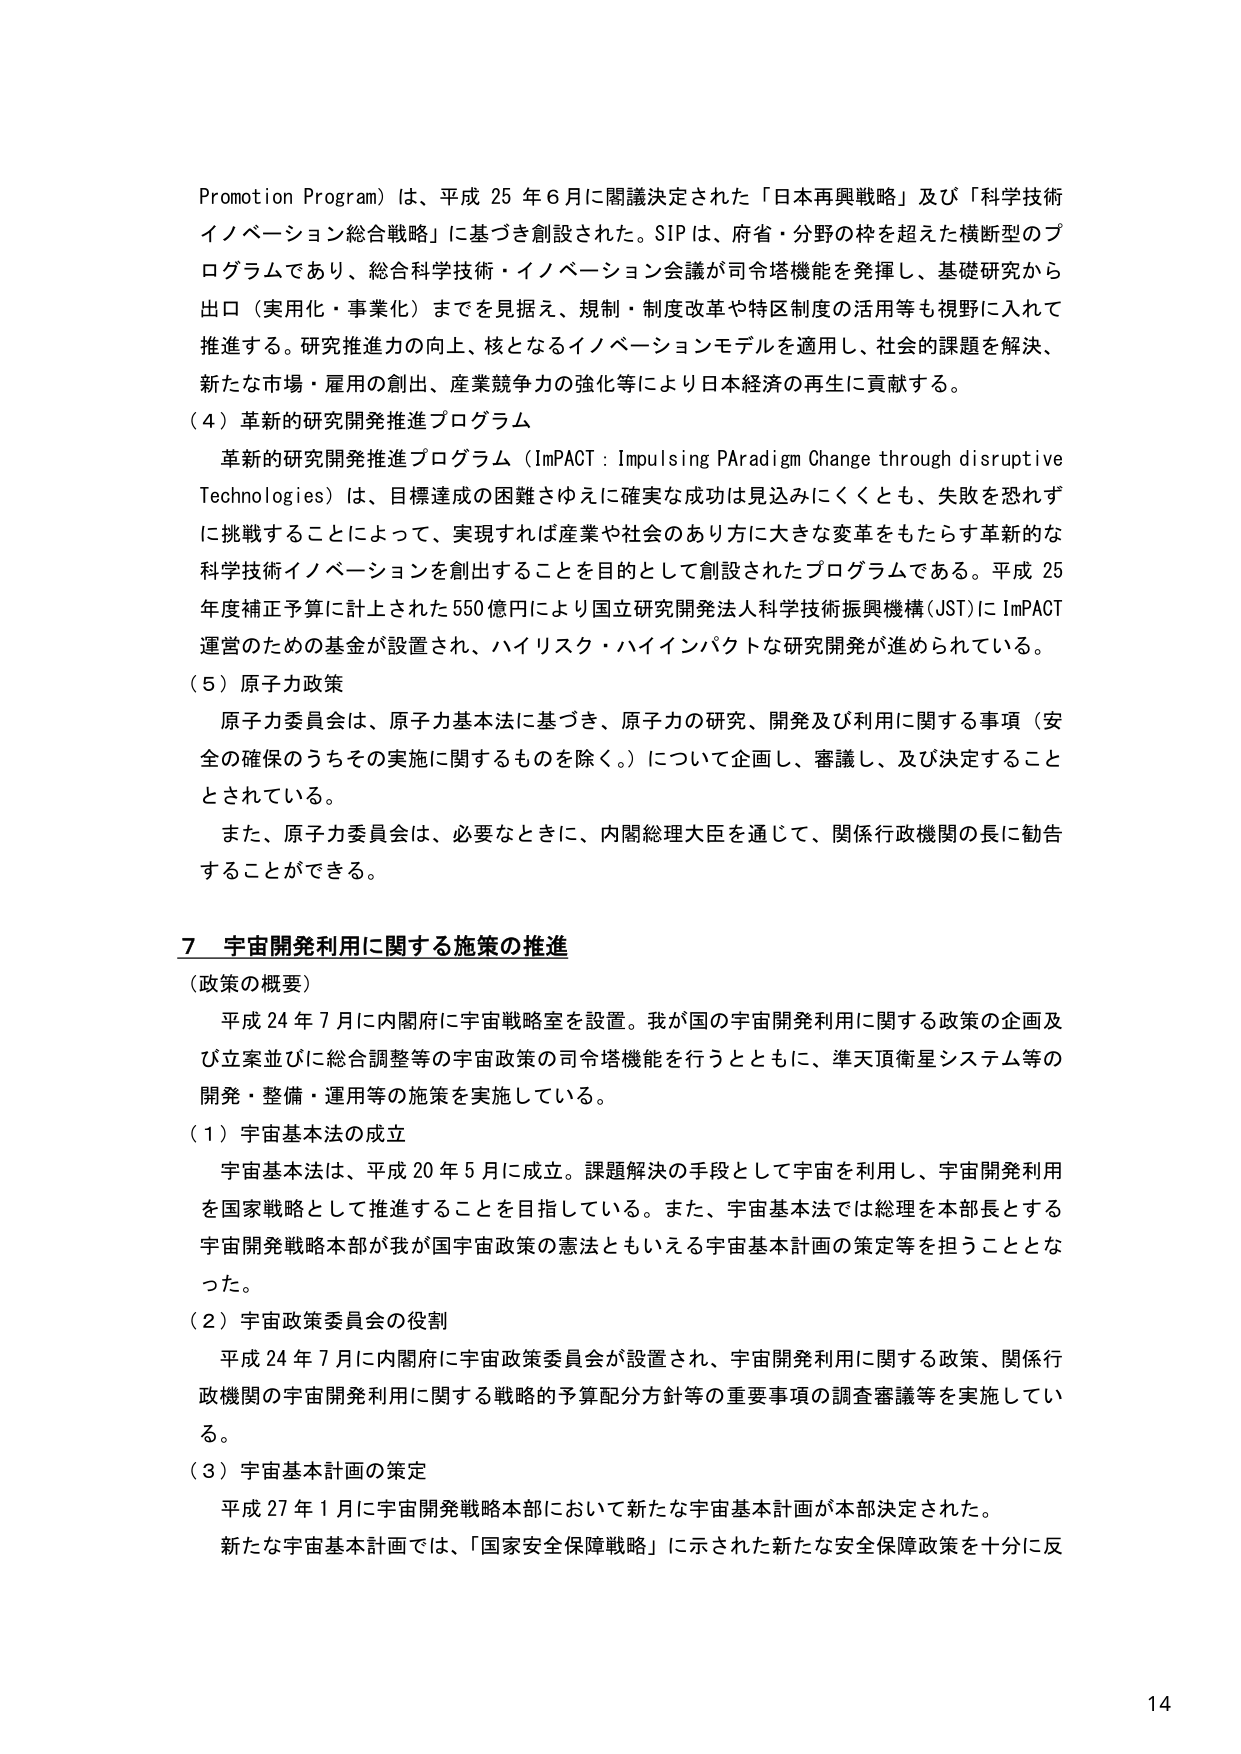
Promotion Program）は、平成25年6月に閣議決定された「日本再興戦略」及び「科学技術イノベーション総合戦略」に基づき創設された。SIPは、府省・分野の枠を超えた横断型のプログラムであり、総合科学技術・イノベーション会議が司令塔機能を発揮し、基礎研究から出口（実用化・事業化）までを見据え、規制・制度改革や特区制度の活用等も視野に入れて推進する。研究推進力の向上、核となるイノベーションモデルを適用し、社会的課題を解決、新たな市場・雇用の創出、産業競争力の強化等により日本経済の再生に貢献する。

（4）革新的研究開発推進プログラム

　革新的研究開発推進プログラム（ImPACT：Impulsing PARadigm Change through disruptive Technologies）は、目標達成の困難さゆえに確実な成功は見込みにくくとも、失敗を恐れずに挑戦することによって、実現すれば産業や社会のあり方に大きな変革をもたらす革新的な科学技術イノベーションを創出することを目的として創設されたプログラムである。平成25年度補正予算に計上された550億円により国立研究開発法人科学技術振興機構（JST）にImPACT運営のための基金が設置され、ハイリスク・ハイインパクトな研究開発が進められている。

（5）原子力政策

　原子力委員会は、原子力基本法に基づき、原子力の研究、開発及び利用に関する事項（安全の確保のうちその実施に関するものを除く。）について企画し、審議し、及び決定することとされている。

　また、原子力委員会は、必要なときに、内閣総理大臣を通じて、関係行政機関の長に勧告することができる。

7　宇宙開発利用に関する施策の推進

（政策の概要）

　平成24年7月に内閣府に宇宙戦略室を設置。我が国の宇宙開発利用に関する政策の企画及び立案並びに総合調整等の宇宙政策の司令塔機能を行うとともに、準天頂衛星システム等の開発・整備・運用等の施策を実施している。

（1）宇宙基本法の成立

　宇宙基本法は、平成20年5月に成立。課題解決の手段として宇宙を利用し、宇宙開発利用を国家戦略として推進することを目指している。また、宇宙基本法では総理を本部長とする宇宙開発戦略本部が我が国宇宙政策の憲法ともいえる宇宙基本計画の策定等を担うこととなった。

（2）宇宙政策委員会の役割

　平成24年7月に内閣府に宇宙政策委員会が設置され、宇宙開発利用に関する政策、関係行政機関の宇宙開発利用に関する戦略的予算配分方針等の重要事項の調査審議等を実施している。

（3）宇宙基本計画の策定

　平成27年1月に宇宙開発戦略本部において新たな宇宙基本計画が本部決定された。

　新たな宇宙基本計画では、「国家安全保障戦略」に示された新たな安全保障政策を十分に反

14